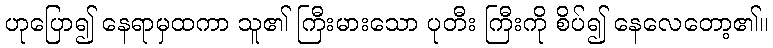
ဟုပြော၍ နေရာမှထကာ သူ၏ ကြီးမားသော ပုတီး ကြီးကို စိပ်၍ နေလေတော့၏။